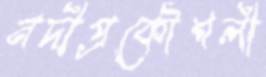
নদীপ্রকৌশলী